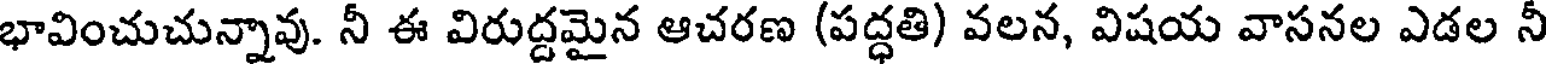
భావించుచున్నావు. నీ ఈ విరుద్దమైన ఆచరణ (పద్ధతి) వలన, విషయ వాసనల ఎడల నీ